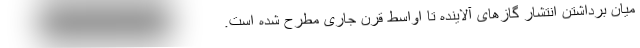
میان برداشتن انتشار گازهای آلاینده تا اواسط قرن جاری مطرح شده است.